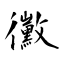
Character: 黴